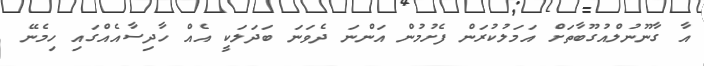
އާ ގާނޫނުލްއުގޫބާތަށް އަމަލުކުރަން ފެށުމުން އަންނަ ދެވަނަ ބަދަލަކީ އެއް ހާދިސާއެއްގައި ހިމެނޭ